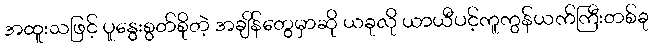
အထူးသဖြင့် ပူနွေးစွတ်စိုတဲ့ အချိန်တွေမှာဆို ယခုလို ယာယီပင့်ကူကွန်ယက်ကြီးတစ်ခု